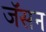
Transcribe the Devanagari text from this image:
जॅसन